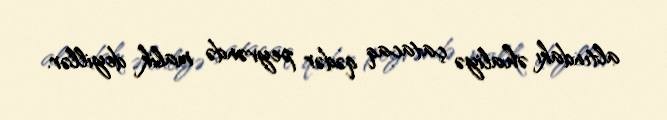
altındakı əhaliyə çatacaq qədər peyvəndə malik deyillər.